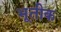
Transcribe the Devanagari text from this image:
भूतीक